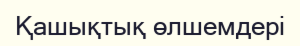
Қашықтық өлшемдері